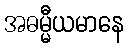
အဓမ္မီယမာနေ